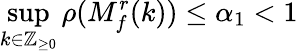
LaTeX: \operatorname*{sup}_{k\in\mathbb{Z}_{\geq 0}}\rho(M_{f}^{r}(k))\leq\alpha_{1}<1